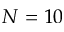
N = 1 0